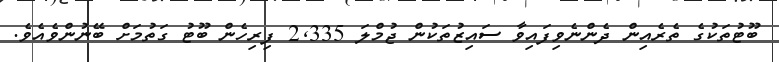
ބޫޓުތަކުގެ ތެރެއިން ދެންނެވިފައިވާ ސައިޒުތަކުން ޖުމްލަ 2